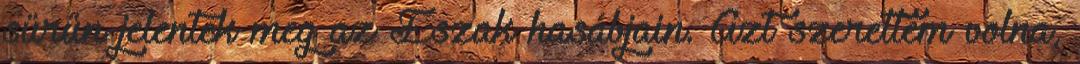
sűrűn jelentek meg az Észak hasábjain. Azt szerettem volna,